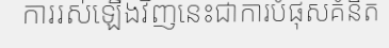
ការរស់ឡើងវិញនេះជាការបំផុសគំនិត